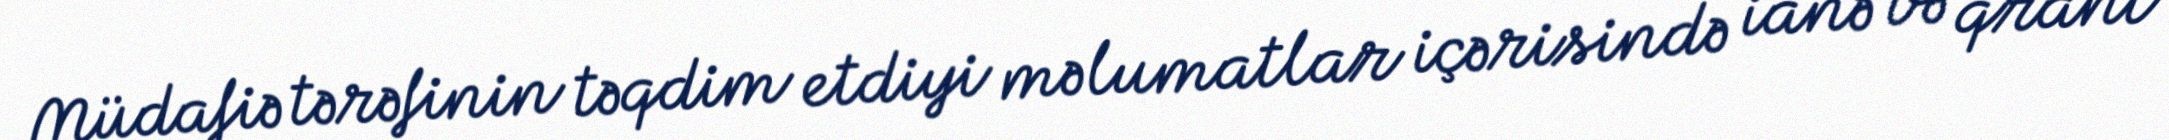
Müdafiə tərəfinin təqdim etdiyi məlumatlar içərisində ianə və qrant